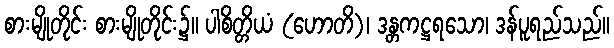
စားမျိုတိုင်း စားမျိုတိုင်း၌။ ပါစိတ္တိယံ (ဟောတိ)၊ ဒန္တကဋ္ဌရသော၊ ဒန်ပူရည်သည်။